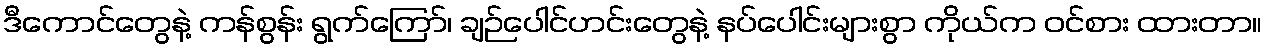
ဒီကောင်တွေနဲ့ ကန်စွန်း ရွက်ကြော်၊ ချဉ်ပေါင်ဟင်းတွေနဲ့ နပ်ပေါင်းများစွာ ကိုယ်က ဝင်စား ထားတာ။